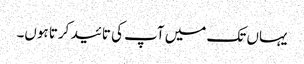
یہاں تک میں آپ کی تائید کرتا ہوں۔